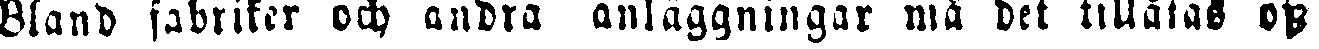
Bland fabriker och andra anläggningar må det tillåtas oss